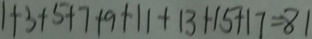
1 + 3 + 5 + 7 + 9 + 1 1 + 1 3 + 1 5 + 1 7 = 8 1